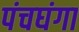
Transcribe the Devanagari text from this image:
पंचघंगा